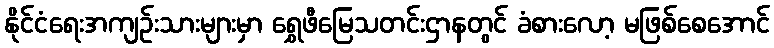
နိုင်ငံရေးအကျဉ်းသားများမှာ ရွှေဖီမြေသတင်းဌာနတွင် ခံစားလော့ မဖြစ်စေအောင်